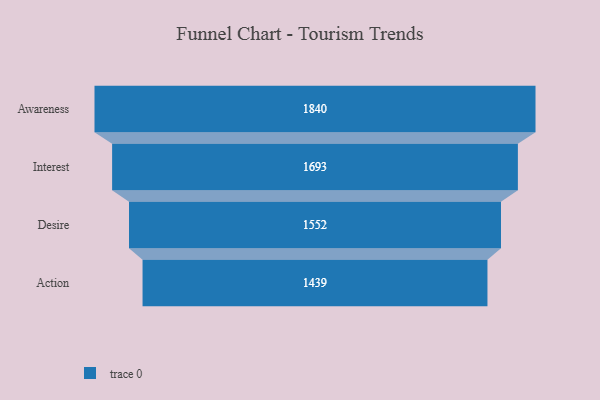
{"axis": {"x": "Stage", "y": "Value"}, "legend": [""], "data": [{"x": "Awareness", "y": 1840.0, "type": ""}, {"x": "Interest", "y": 1693.0, "type": ""}, {"x": "Desire", "y": 1552.0, "type": ""}, {"x": "Action", "y": 1439.0, "type": ""}]}